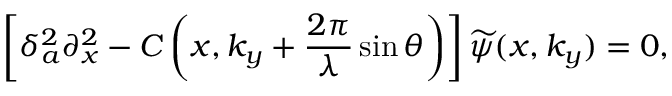
\left[ \delta _ { a } ^ { 2 } \partial _ { x } ^ { 2 } - C \left( x , k _ { y } + \frac { 2 \pi } { \lambda } \sin \theta \right) \right] \smash { \widetilde { \psi } } ( x , k _ { y } ) = 0 ,